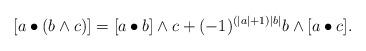
LaTeX: \begin{align*}[a\bullet(b\wedge c)]=[a\bullet b]\wedge c+(-1)^{(|a|+1)|b|}b\wedge[a\bullet c].\end{align*}